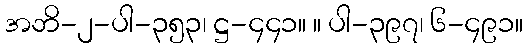
အဘိ-၂-ပါ-၃၅၃၊ ဋ္ဌ-၄၄၁။ ။ ပါ-၃၉၇၊ ၆-၄၉၁။